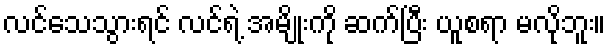
လင်သေသွားရင် လင်ရဲ့ အမျိုးကို ဆက်ပြီး ယူစရာ မလိုဘူး။